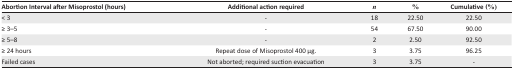
| Abortion Interval after Misoprostol (hours) | Additional action required | n | % | Cumulative (%) |
 | --- | --- | --- | --- | --- |
 | < 3 | - | 18 | 22.50 | 22.50 |
 | ≥ 3–5 | - | 54 | 67.50 | 90.00 |
 | ≥ 5–8 | - | 2 | 2.50 | 92.50 |
 | ≥ 24 hours | Repeat dose of Misoprostol 400 μg. | 3 | 3.75 | 96.25 |
 | Failed cases | Not aborted; required suction evacuation | 3 | 3.75 | - |